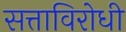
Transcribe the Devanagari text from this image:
सत्ताविरोधी